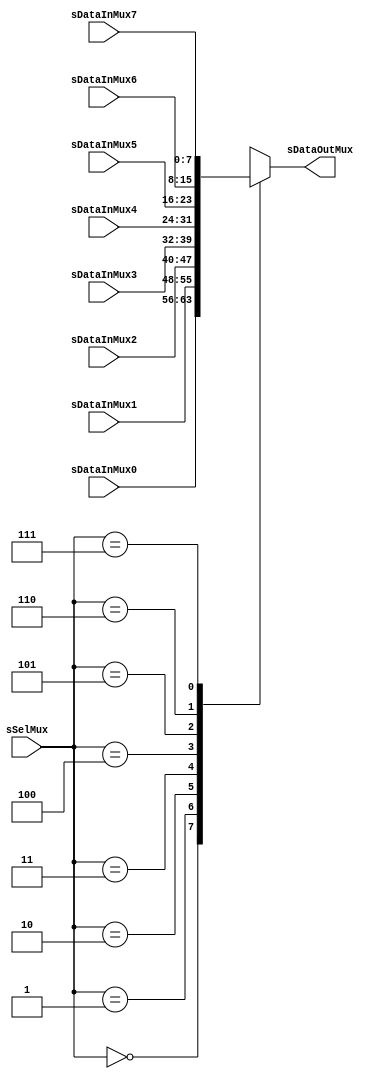
//---------------------------------------------------------------------------
// SharkBoad ExampleModule
// Fredy Segura Q.
// Josnelihurt Rodriguez Barajas
// fsegura@uniandes.edu.co
// j.rodriguez52@uniandes.edu.co
// Top Level Design for the Xilinx Spartan 3-100E Device
//---------------------------------------------------------------------------

/*#
# SharkBoad
# Copyright (C) 2012 Bogot, Colombia
#
# This program is free software: you can redistribute it and/or modify
# it under the terms of the GNU General Public License as published by
# the Free Software Foundation, version 3 of the License.
#
# This program is distributed in the hope that it will be useful,
# but WITHOUT ANY WARRANTY; without even the implied warranty of
# MERCHANTABILITY or FITNESS FOR A PARTICULAR PURPOSE.  See the
# GNU General Public License for more details.
#
# You should have received a copy of the GNU General Public License
# along with this program.  If not, see <http://www.gnu.org/licenses/>.
#*/

module multiplexor #(
	parameter SELECTION = 3,		//NUMBER OF SELECTION BITS
	parameter DATAWIDTH = 8
	)
	(
	input 			[DATAWIDTH-1:0]		sDataInMux0,sDataInMux1,sDataInMux2,sDataInMux3,sDataInMux4,sDataInMux5,sDataInMux6,sDataInMux7,
	input			[SELECTION-1:0] 	sSelMux,
	output reg		[DATAWIDTH-1:0] 	sDataOutMux
	);
	always@(*)
	begin
	case (sSelMux)	
	// Example to more outputs: WaitStart: begin sResetCounter = 0; sCuenteUP = 0; end
		3'b000: sDataOutMux = sDataInMux0;
		3'b001: sDataOutMux = sDataInMux1;
		3'b010: sDataOutMux = sDataInMux2;
		3'b011: sDataOutMux = sDataInMux3;
		3'b100: sDataOutMux = sDataInMux4;
		3'b101: sDataOutMux = sDataInMux5;
		3'b110: sDataOutMux = sDataInMux6;
		3'b111: sDataOutMux = sDataInMux7;
		default :   sDataOutMux = sDataInMux0; // channel 0 is selected 
		endcase
end
endmodule